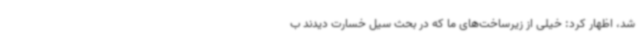
شد، اظهار کرد: خیلی از زیرساخت‌های ما که در بحث سیل خسارت دیدند ب